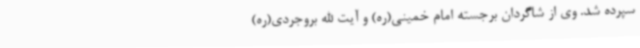
سپرده شد. وی از شاگردان برجسته امام خمینی(ره) و آیت الله بروجردی(ره)